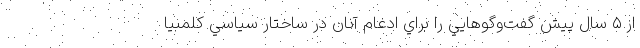
از ۵ سال پيش گفت‌وگوهايي را براي ادغام آنان در ساختار سياسي كلمبيا